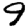
Digit: 9